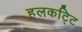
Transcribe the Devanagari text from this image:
हलकट्टि